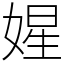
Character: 𡟙